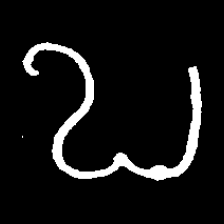
Pyu character \u2014 Myanmar letter: ဎ (romanized: ddha)